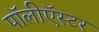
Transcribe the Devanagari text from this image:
पॉलीऍस्टर